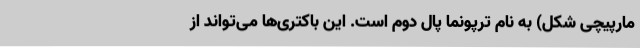
مارپیچی شکل) به نام ترپونما پال دوم است. این باکتری‌ها می‌تواند از